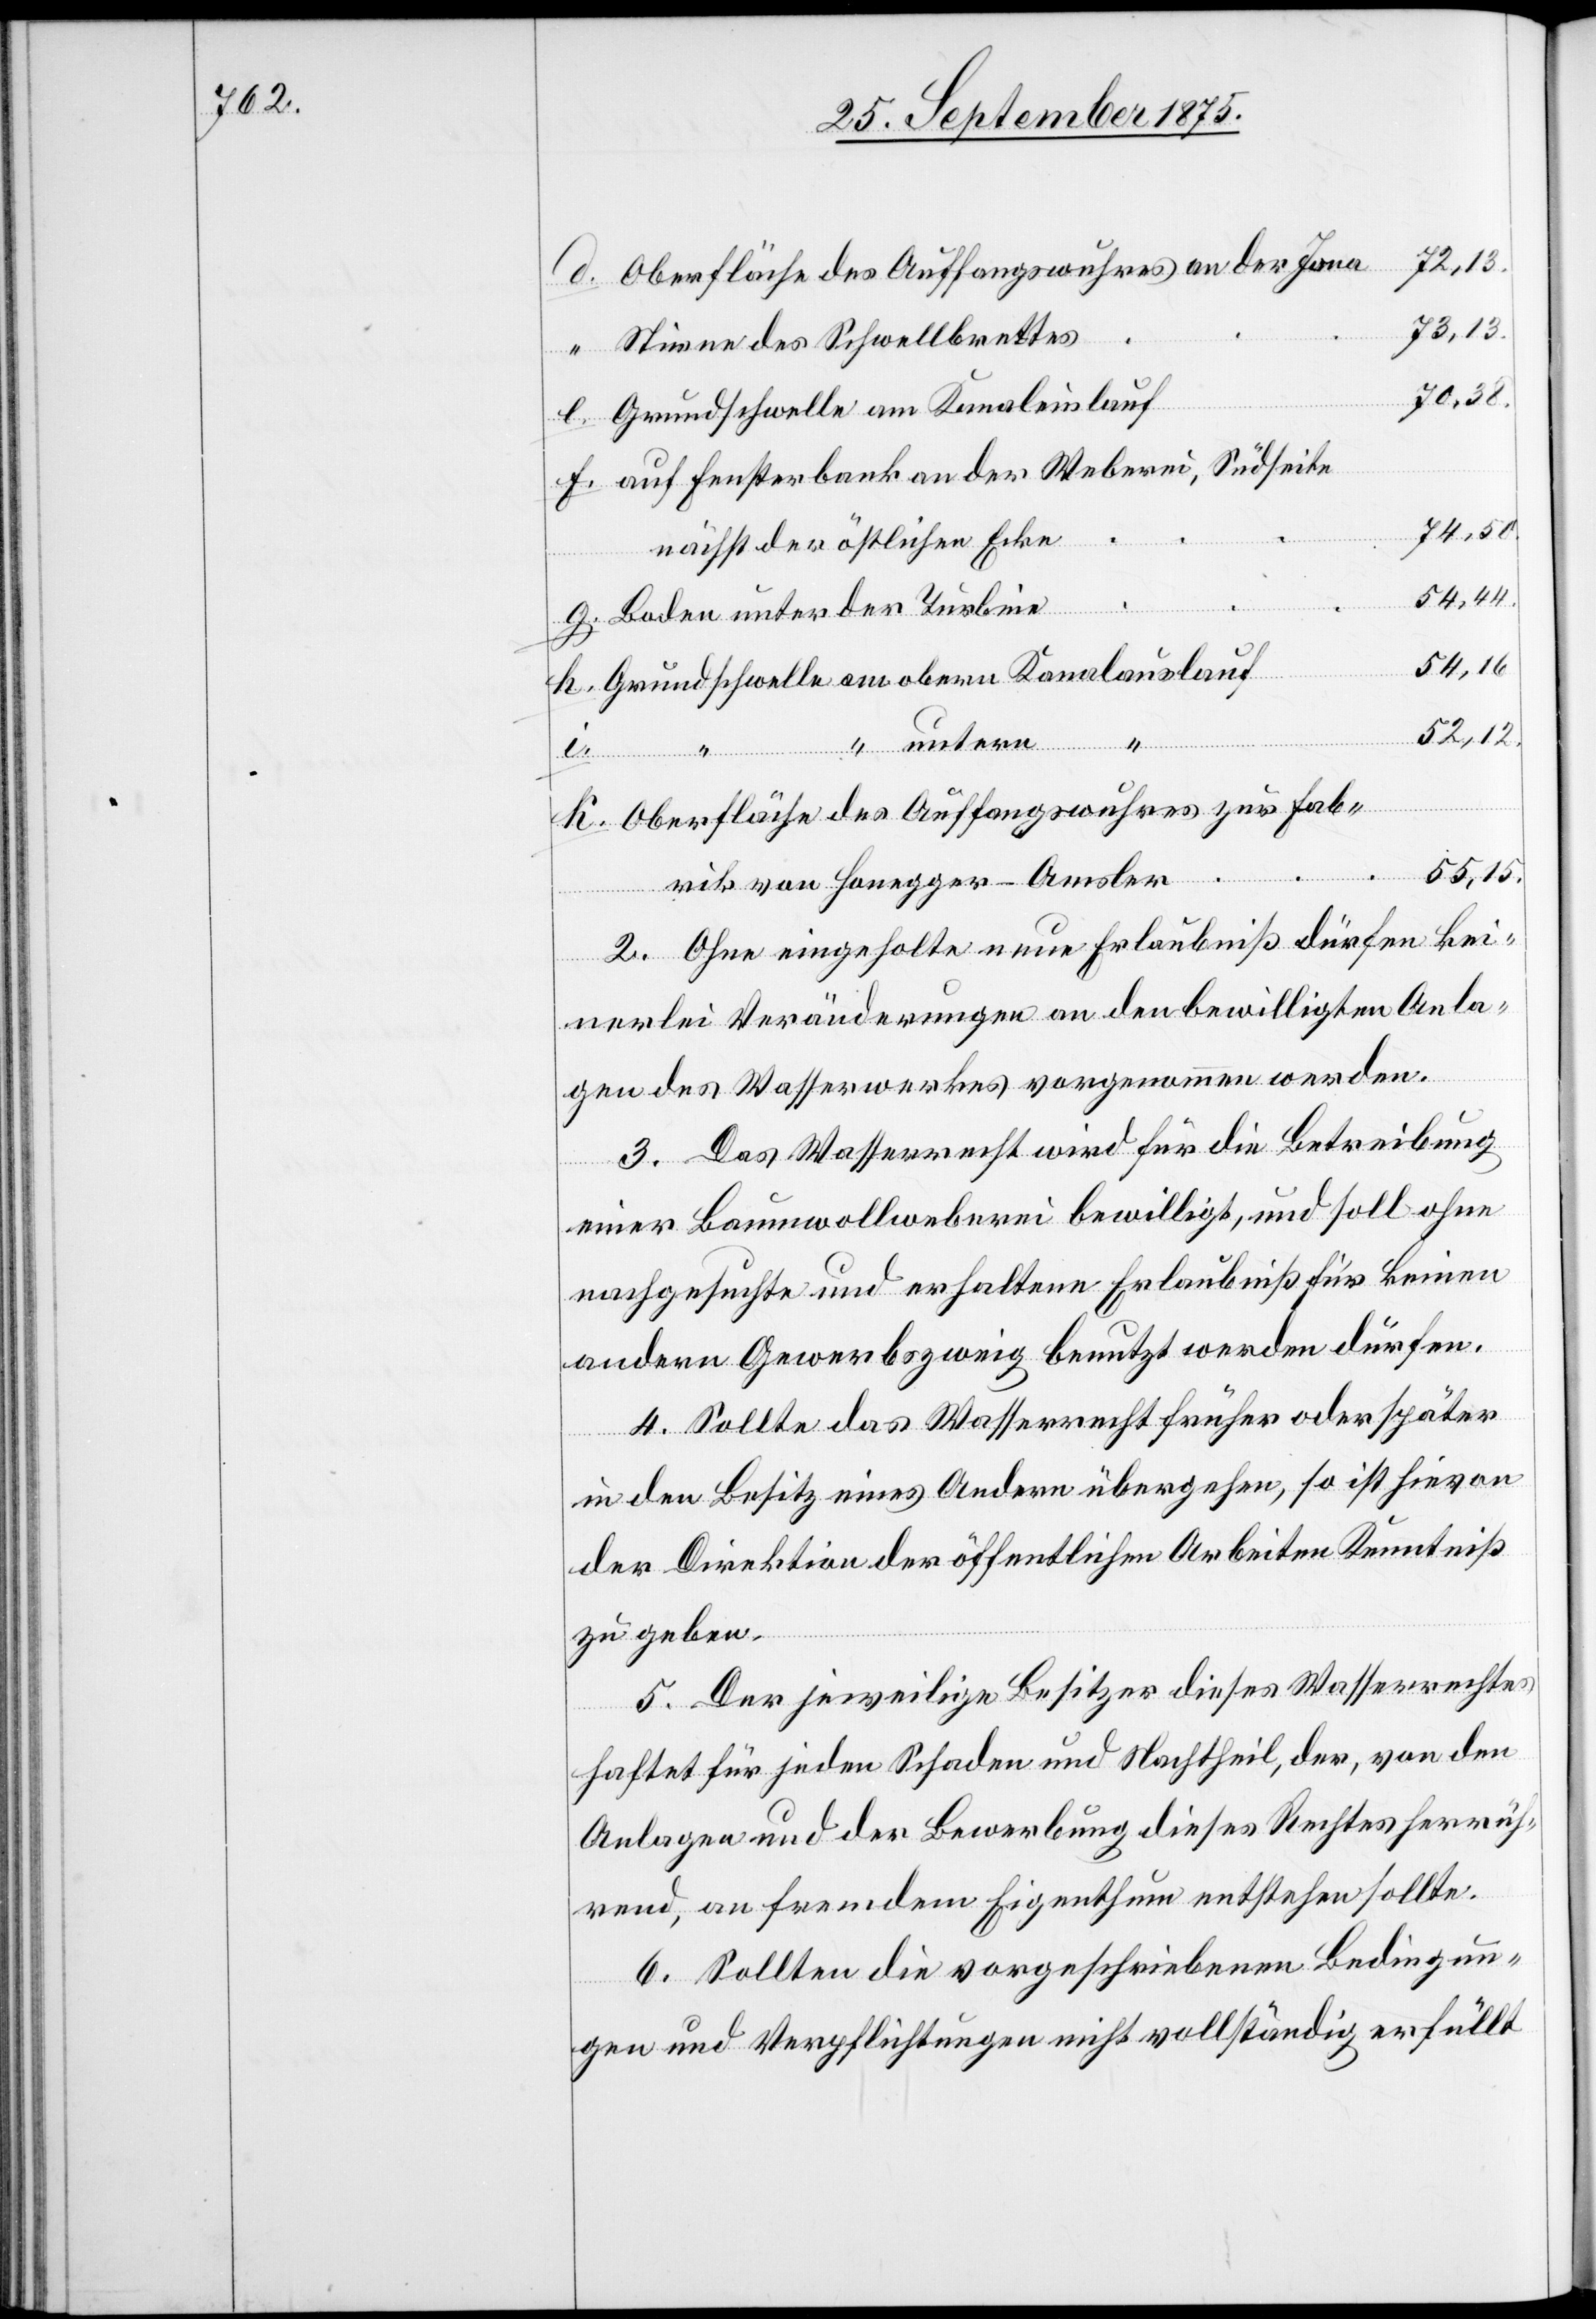
Oberfläche des Auffangswuhres an der Jona
52,12.
Stirne des Schwellbrettes
70,38.
Grundschwelle am Kanaleinlauf
“
auf Fensterbank an der Weberei, Südseite
74,50.
g.
nächst der östlichen Ecke
k.
54,44.
Boden unter der Turbine
54,16.
Grundschwelle am obern Kanalauslauf
i.
Oberfläche des Auffangswuhres zur Fab¬
55,15.
rik von Honegger-Amsler
2. Ohne eingeholte neue Erlaubniß dürfen kei¬
nerlei Veränderungen an den bewilligten Anla¬
gen des Wasserwerkes vorgenommen werden.
3. Das Wasserrecht wird für die Betreibung
untern “
einer Baumwollweberei bewilligt, und soll ohne
nachgesuchte und erhaltene Erlaubniß für keinen
andern Gewerbszweig benutzt werden dürfen.
4. Sollte das Wasserrecht früher oder später
in den Besitz eines Andern übergehen, so ist hievon
der Direktion der öffentlichen Arbeiten Kenntniß
zu geben.
5. Der jeweilige Besitzer dieses Wasserrechtes
haftet für jeden Schaden und Nachtheil, der, von den
Anlagen und der Bewerbung dieses Rechtes herrüh¬
rend, an fremdem Eigenthum entstehen sollte.
6. Sollten die vorgeschriebenen Bedingun¬
gen und Verpflichtungen nicht vollständig erfüllt